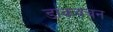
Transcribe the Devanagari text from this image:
डाकवचन